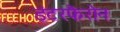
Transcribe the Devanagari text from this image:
इंटरफैरोन